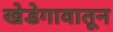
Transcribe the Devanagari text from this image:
खेडेगावातून